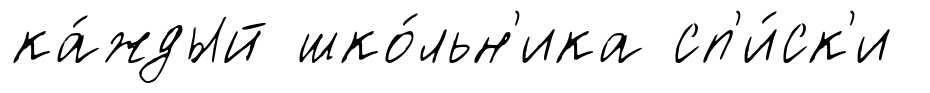
ка́ждый шко́льн'ика сп'и́ск'и